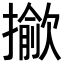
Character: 𢶖